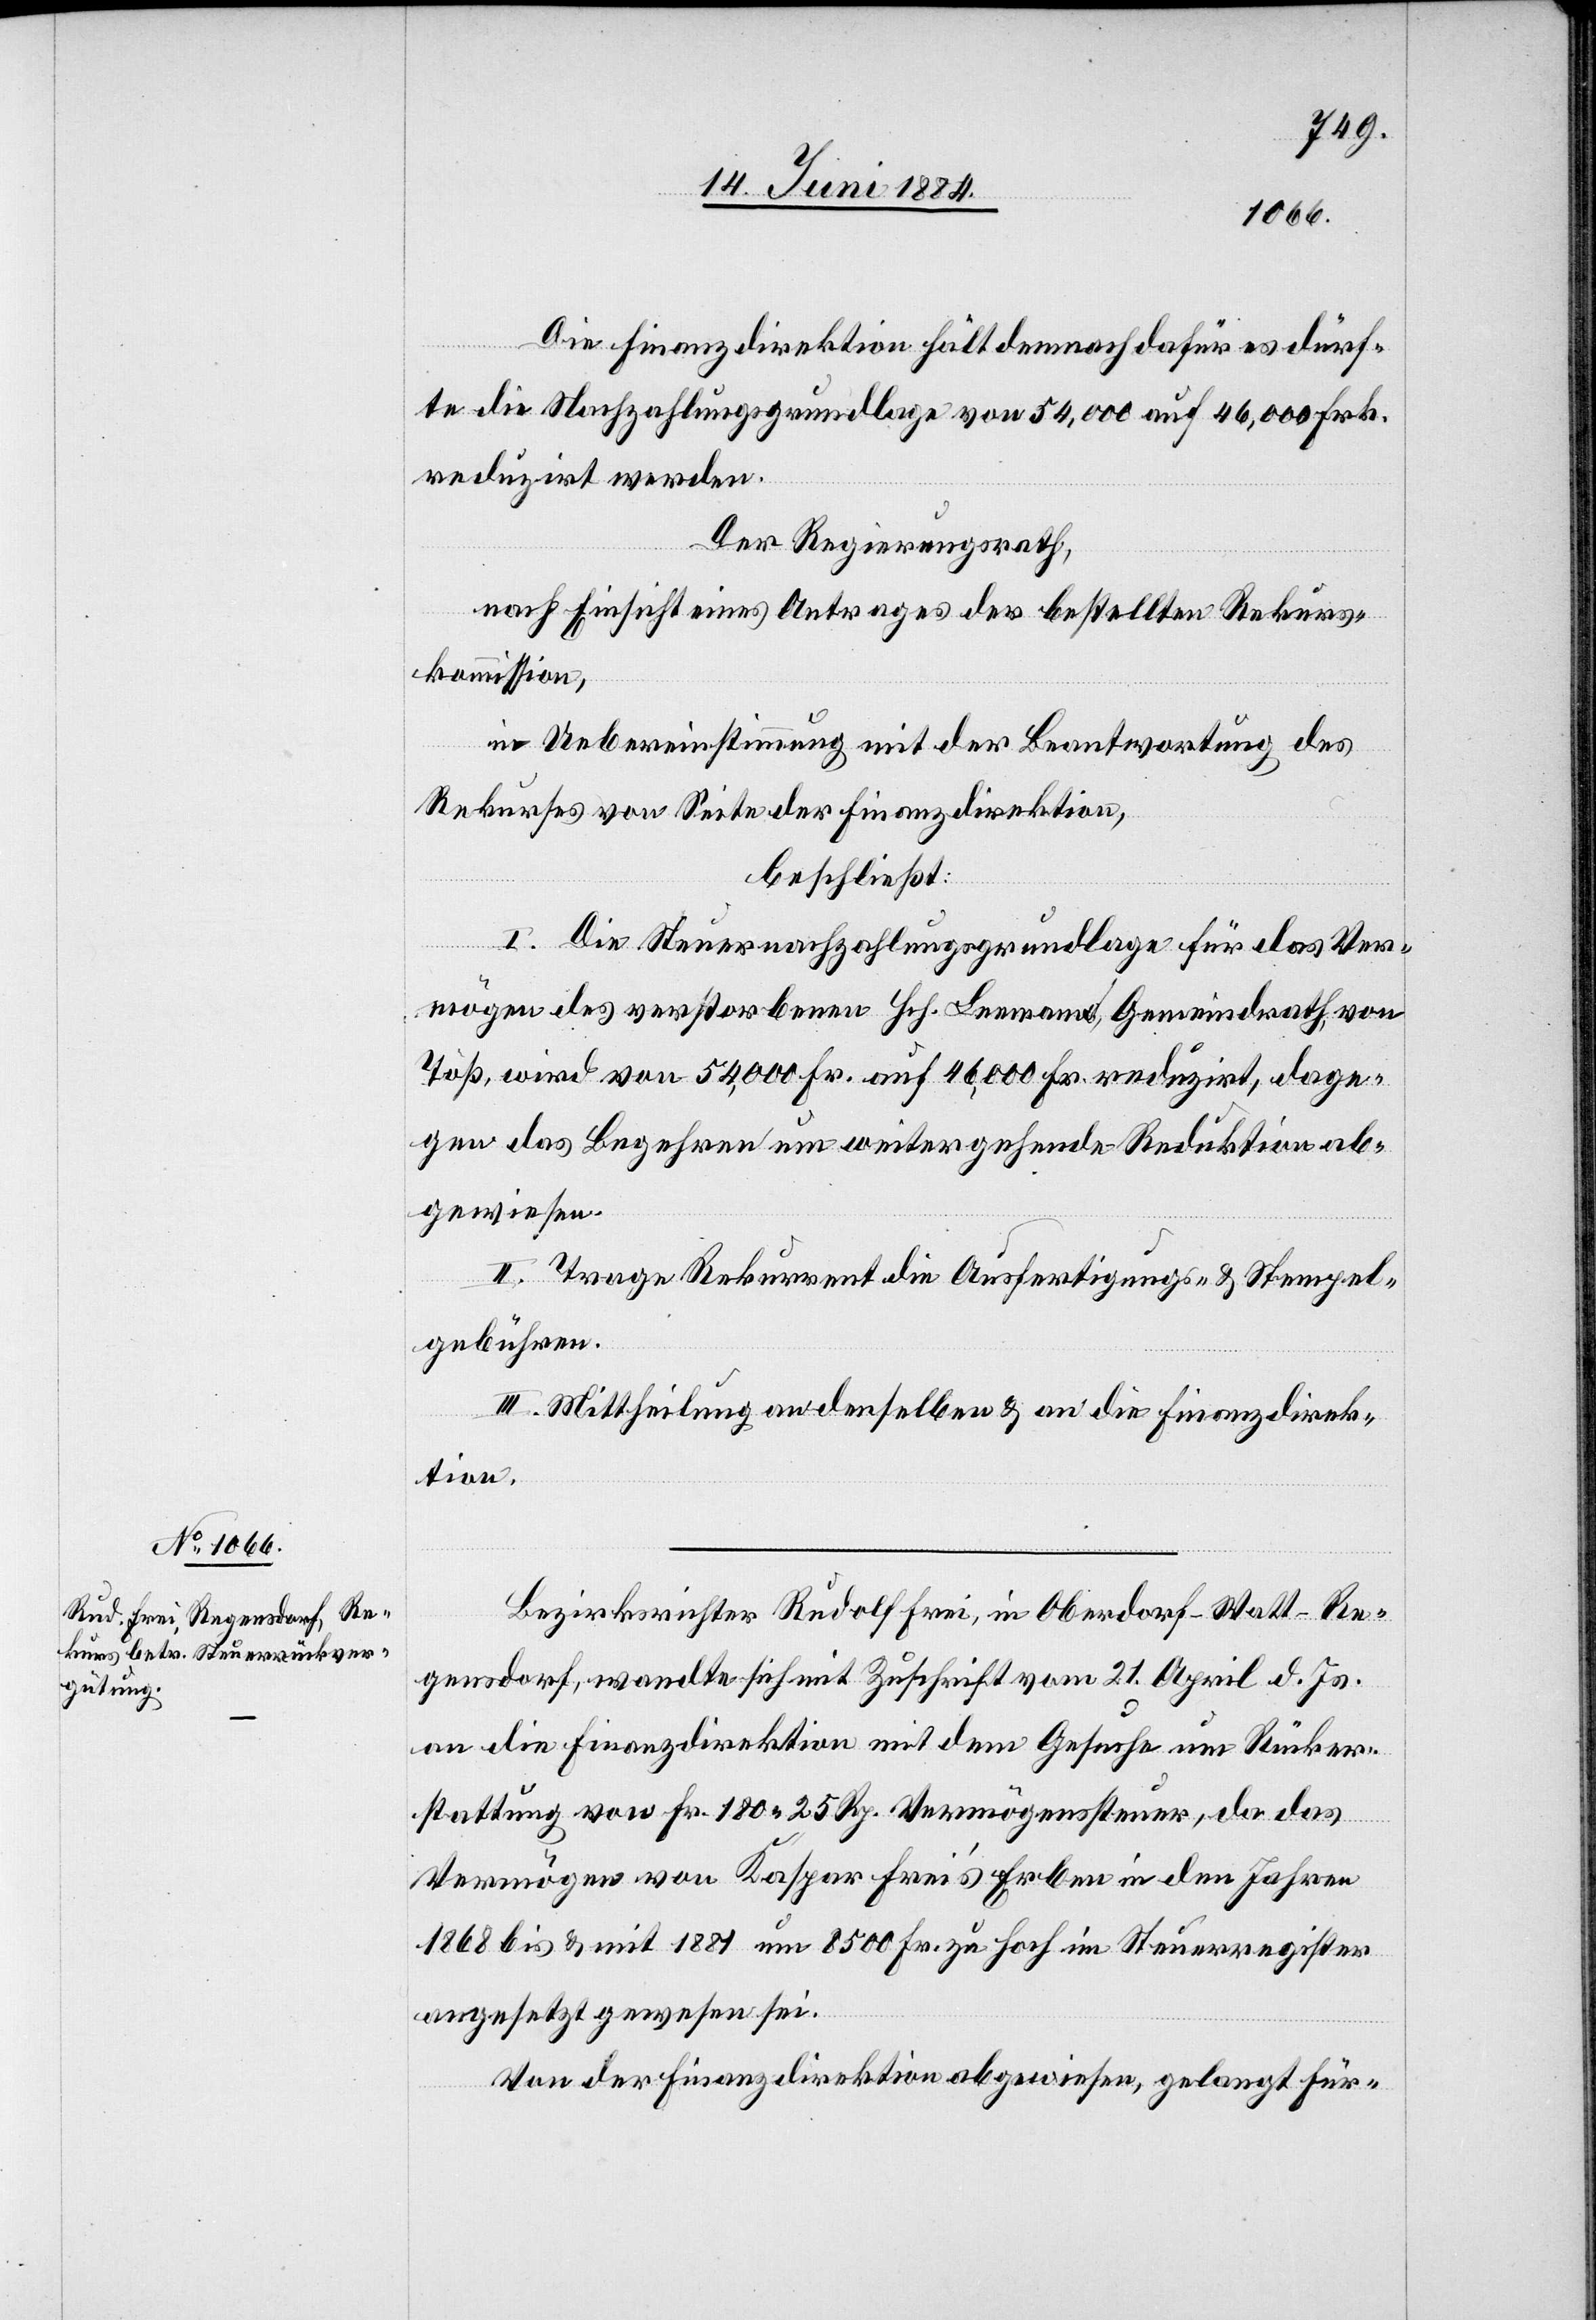
Die Finanzdirektion hält demnach dafür es dürf¬
te die Nachzahlungsgrundlage von 54,000 auf 46,000 Frk.
reduzirt werden.
Der Regierungsrath,
nach Einsicht eines Antrages der bestellten Rekurs¬
kommission,
in Uebereinstimmung mit der Beantwortung des
Rekurses von Seite der Finanzdirektion,
beschließt:
I. Die Steuernachzahlungsgrundlage für das Ver¬
mögen des verstorbenen Hch. Leemann, Gemeindrath von
Töß, wird von 54,000 Fr. auf 46,000 Fr. reduzirt, dage¬
gen das Begehren um weitergehende Reduktion ab¬
gewiesen.
II. Trage Rekurrent die Ausfertigungs- & Stempel¬
gebühren.
III. Mittheilung an derselben & an die Finanzdirek¬
tion.
Bezirksrichter Rudolf Frei, in Oberdorf - Watt - Re¬
gensdorf, wandte sich mit Zuschrift vom 21. April d. Js.
an die Finanzdirektion mit dem Gesuche um Rücker¬
stattung von Fr. 180 25 Rp. Vermögenssteuer, da das
Vermögen von Kaspar Frei’s Erben in den Jahren
1868 bis & mit 1881 um 8500 Fr. zu hoch im Steuerregister
angesetzt gewesen sei.
Von der Finanzdirektion abgewiesen, gelangt Für-